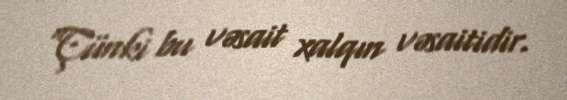
“Çünki bu vəsait xalqın vəsaitidir.